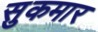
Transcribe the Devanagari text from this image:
सुकमार